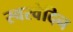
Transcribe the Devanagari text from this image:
स्वरवेदिन